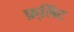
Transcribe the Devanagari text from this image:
फ़्लिंट